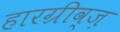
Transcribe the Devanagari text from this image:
हारग्रीव्ज़